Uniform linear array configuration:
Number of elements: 32
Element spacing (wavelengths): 0.75
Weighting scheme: hann
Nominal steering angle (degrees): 45
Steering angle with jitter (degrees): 45.577
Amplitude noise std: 0.05
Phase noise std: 0.05

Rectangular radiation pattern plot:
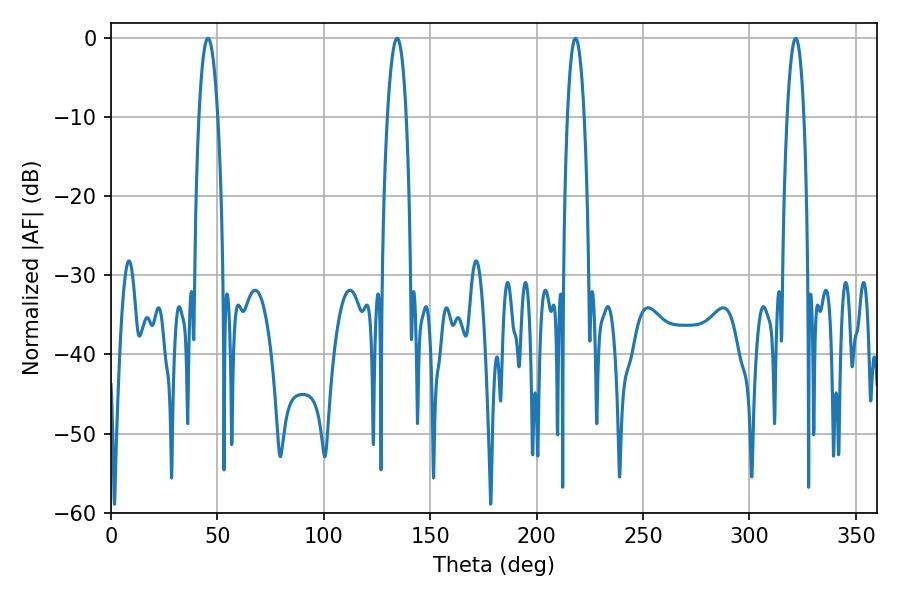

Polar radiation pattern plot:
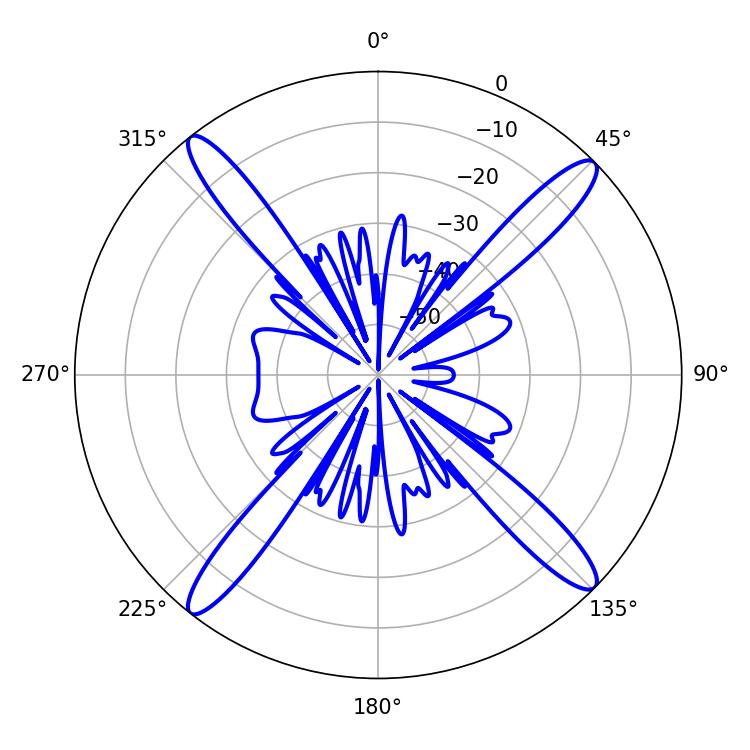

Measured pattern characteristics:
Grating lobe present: TRUE
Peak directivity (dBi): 18.24
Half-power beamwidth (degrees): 4.86
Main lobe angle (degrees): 45.54